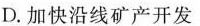
D.加快沿线矿产开发